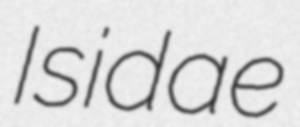
Isidae